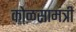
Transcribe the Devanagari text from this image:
कोळसामंत्री